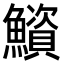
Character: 𫚁